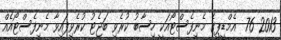
2013 76  އެމްޑީޕީގެ މެނިފެސްޓޯއަކީ ހިސާބު ކުރެވި ބަޖެޓު ކުރެވިފައިވާ މެނިފެސްޓޯއެއް